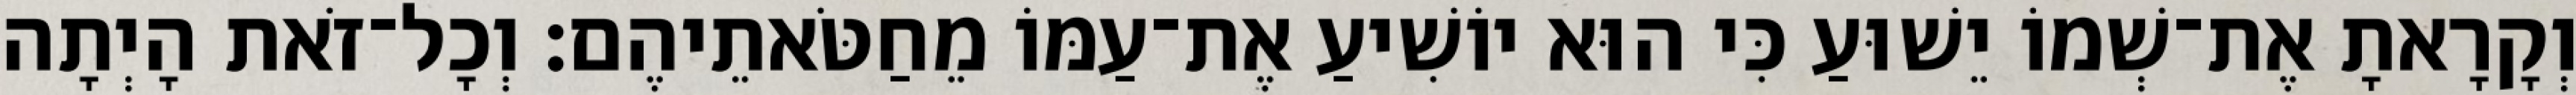
וְקָרָאתָ אֶת־שְׁמוֹ יֵשׁוּעַ כִּי הוּא יוֹשִׁיעַ אֶת־עַמּוֹ מֵחַטֹּאתֵיהֶם׃ וְכָל־זֹאת הָיְתָה